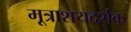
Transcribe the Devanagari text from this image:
मूत्राशयदर्शक